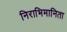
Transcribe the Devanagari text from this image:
निराभिमानिता